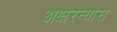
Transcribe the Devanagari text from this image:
अक्षरन्यास